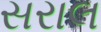
સરાલ